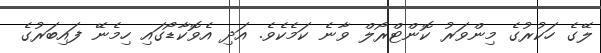
ލޭގެ ހަކުރުގެ މިންވަރު ކޮންޓްރޯލް ވާނެ ކަމެކެވެ. އަދި އެވޮކާޑޯގައި ހިމެނޭ ފައިބަރުގެ